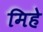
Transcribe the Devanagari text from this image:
मिहे